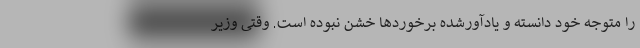
را متوجه خود دانسته و یادآورشده برخوردها خشن نبوده است. وقتی وزیر